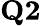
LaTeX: \textbf{Q2}